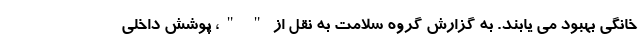
خانگی بهبود می یابند. به گزارش گروه سلامت به نقل از " "، پوشش داخلی